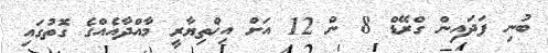
ބުނި ފަދައިން ގްރޭޑް 8 ން 12 އަށް އިޚްތިޔާރީ މާއްދާއެއްގެ ގޮތުގައި